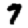
Digit: 7